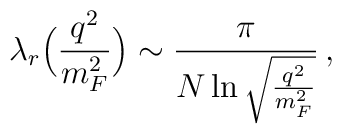
\lambda_r\Bigl(\frac{q^2}{m_F^2}\Bigr)  \sim \frac{\pi}{N\ln\sqrt{\frac{q^2}{m_F^2}}}\,,